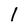
Character: l